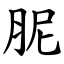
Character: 胒